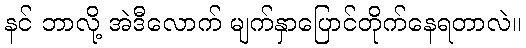
နင် ဘာလို့ အဲဒီလောက် မျက်နှာပြောင်တိုက်နေရတာလဲ။